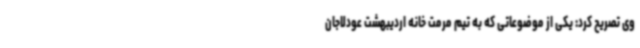
وی تصریح کرد: یکی از موضوعاتی که به تیم مرمت خانه اردیبهشت عودلاجان